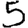
Digit: 5